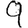
Digit: 9